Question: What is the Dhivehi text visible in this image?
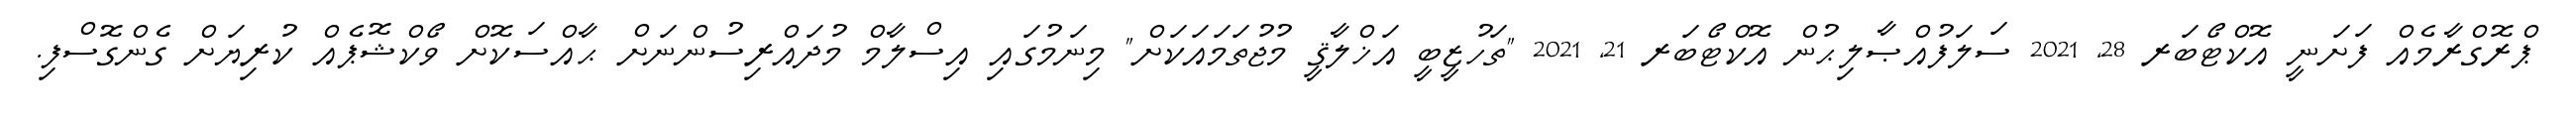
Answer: ޕްރޮގްރާމެއް ފަށަނީ އޮކްޓޯބަރ 28, 2021 ސަލަފުއްޞާލިޙުން އޮކްޓޯބަރ 21, 2021 "ތަހުޒީބީ އަޚްލާޤީ މުޖުތަމައަކަށް" މިނަމުގައި އިސްލާމް މުދައްރިސުންނަށް ޙާއްސަކޮށް ވޯކްޝޮޕެއް ކުރިޔަށް ގެންގޮސްފި.